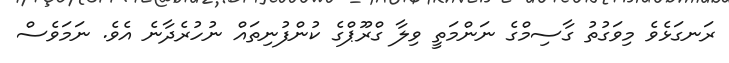
ރަނގަޅެވެ މިވަގުތު ގާސިމްގެ ނަންމަތީ ވިލާ ގްރޫޕްގެ ކުންފުނިތައް ނުހުރެދާނެ އެވެ. ނަމަވެސް